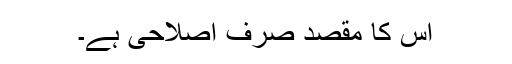
اس کا مقصد صرف اصلاحی ہے۔